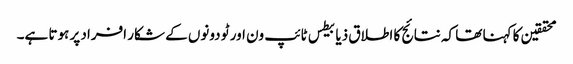
محققین کا کہنا تھا کہ نتائج کا اطلاق ذیابیطس ٹائپ ون اور ٹو دونوں کے شکار افراد پر ہوتا ہے۔